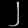
Digit: ၂